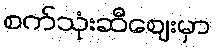
စက်သုံးဆီဈေးမှာ